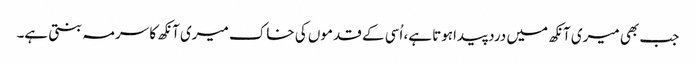
جب بھی میری آنکھ میں درد پیداہوتا ہے، اُسی کے قدموں کی خاک میری آنکھ کا سرمہ بنتی ہے۔